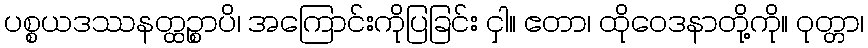
ပစ္စယဒဿနတ္ထဉ္စာပိ၊ အကြောင်းကိုပြခြင်း ငှါ။ ဧတာ၊ ထိုဝေဒနာတို့ကို။ ဝုတ္တာ၊